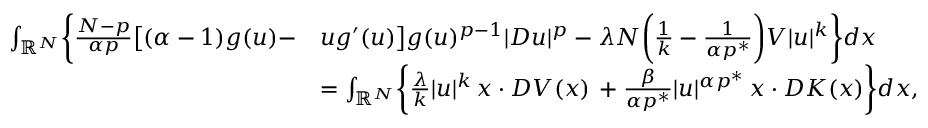
\begin{array} { r l } { \int _ { \mathbb R ^ { N } } \biggr \{ \frac { N - p } { \alpha p } \bigl [ ( \alpha - 1 ) g ( u ) - } & { u g ^ { \prime } ( u ) \bigr ] g ( u ) ^ { p - 1 } | D u | ^ { p } - \lambda N \biggl ( \frac { 1 } { k } - \frac { 1 } { \alpha p ^ { * } } \biggl ) V | u | ^ { k } \biggr \} d x } \\ & { = \int _ { \mathbb R ^ { N } } \biggl \{ \frac { \lambda } { k } | u | ^ { k } \, x \cdot D V ( x ) \, + \frac { \beta } { \alpha p ^ { * } } | u | ^ { \alpha p ^ { * } } \, x \cdot D K ( x ) \biggr \} d x , } \end{array}